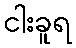
ငါးခူရ